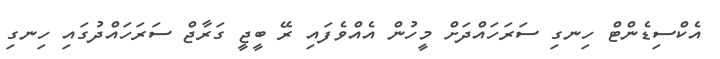
އެކްސިޑެންޓް ހިނގި ސަރަހައްދަށް މީހުން އެއްވެފައި ރޭ ބީޖީ ގަރާޖް ސަރަހައްދުގައި ހިނގި